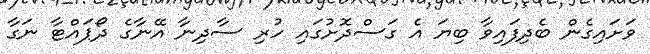
ވަށައިގެން ބެދިފައިވާ ބިޔަ އެ ގަސްދޮށުގައި ހުރި ސާދިނާ އޭނާގެ ދޯޕައްޓާ ނަގާ